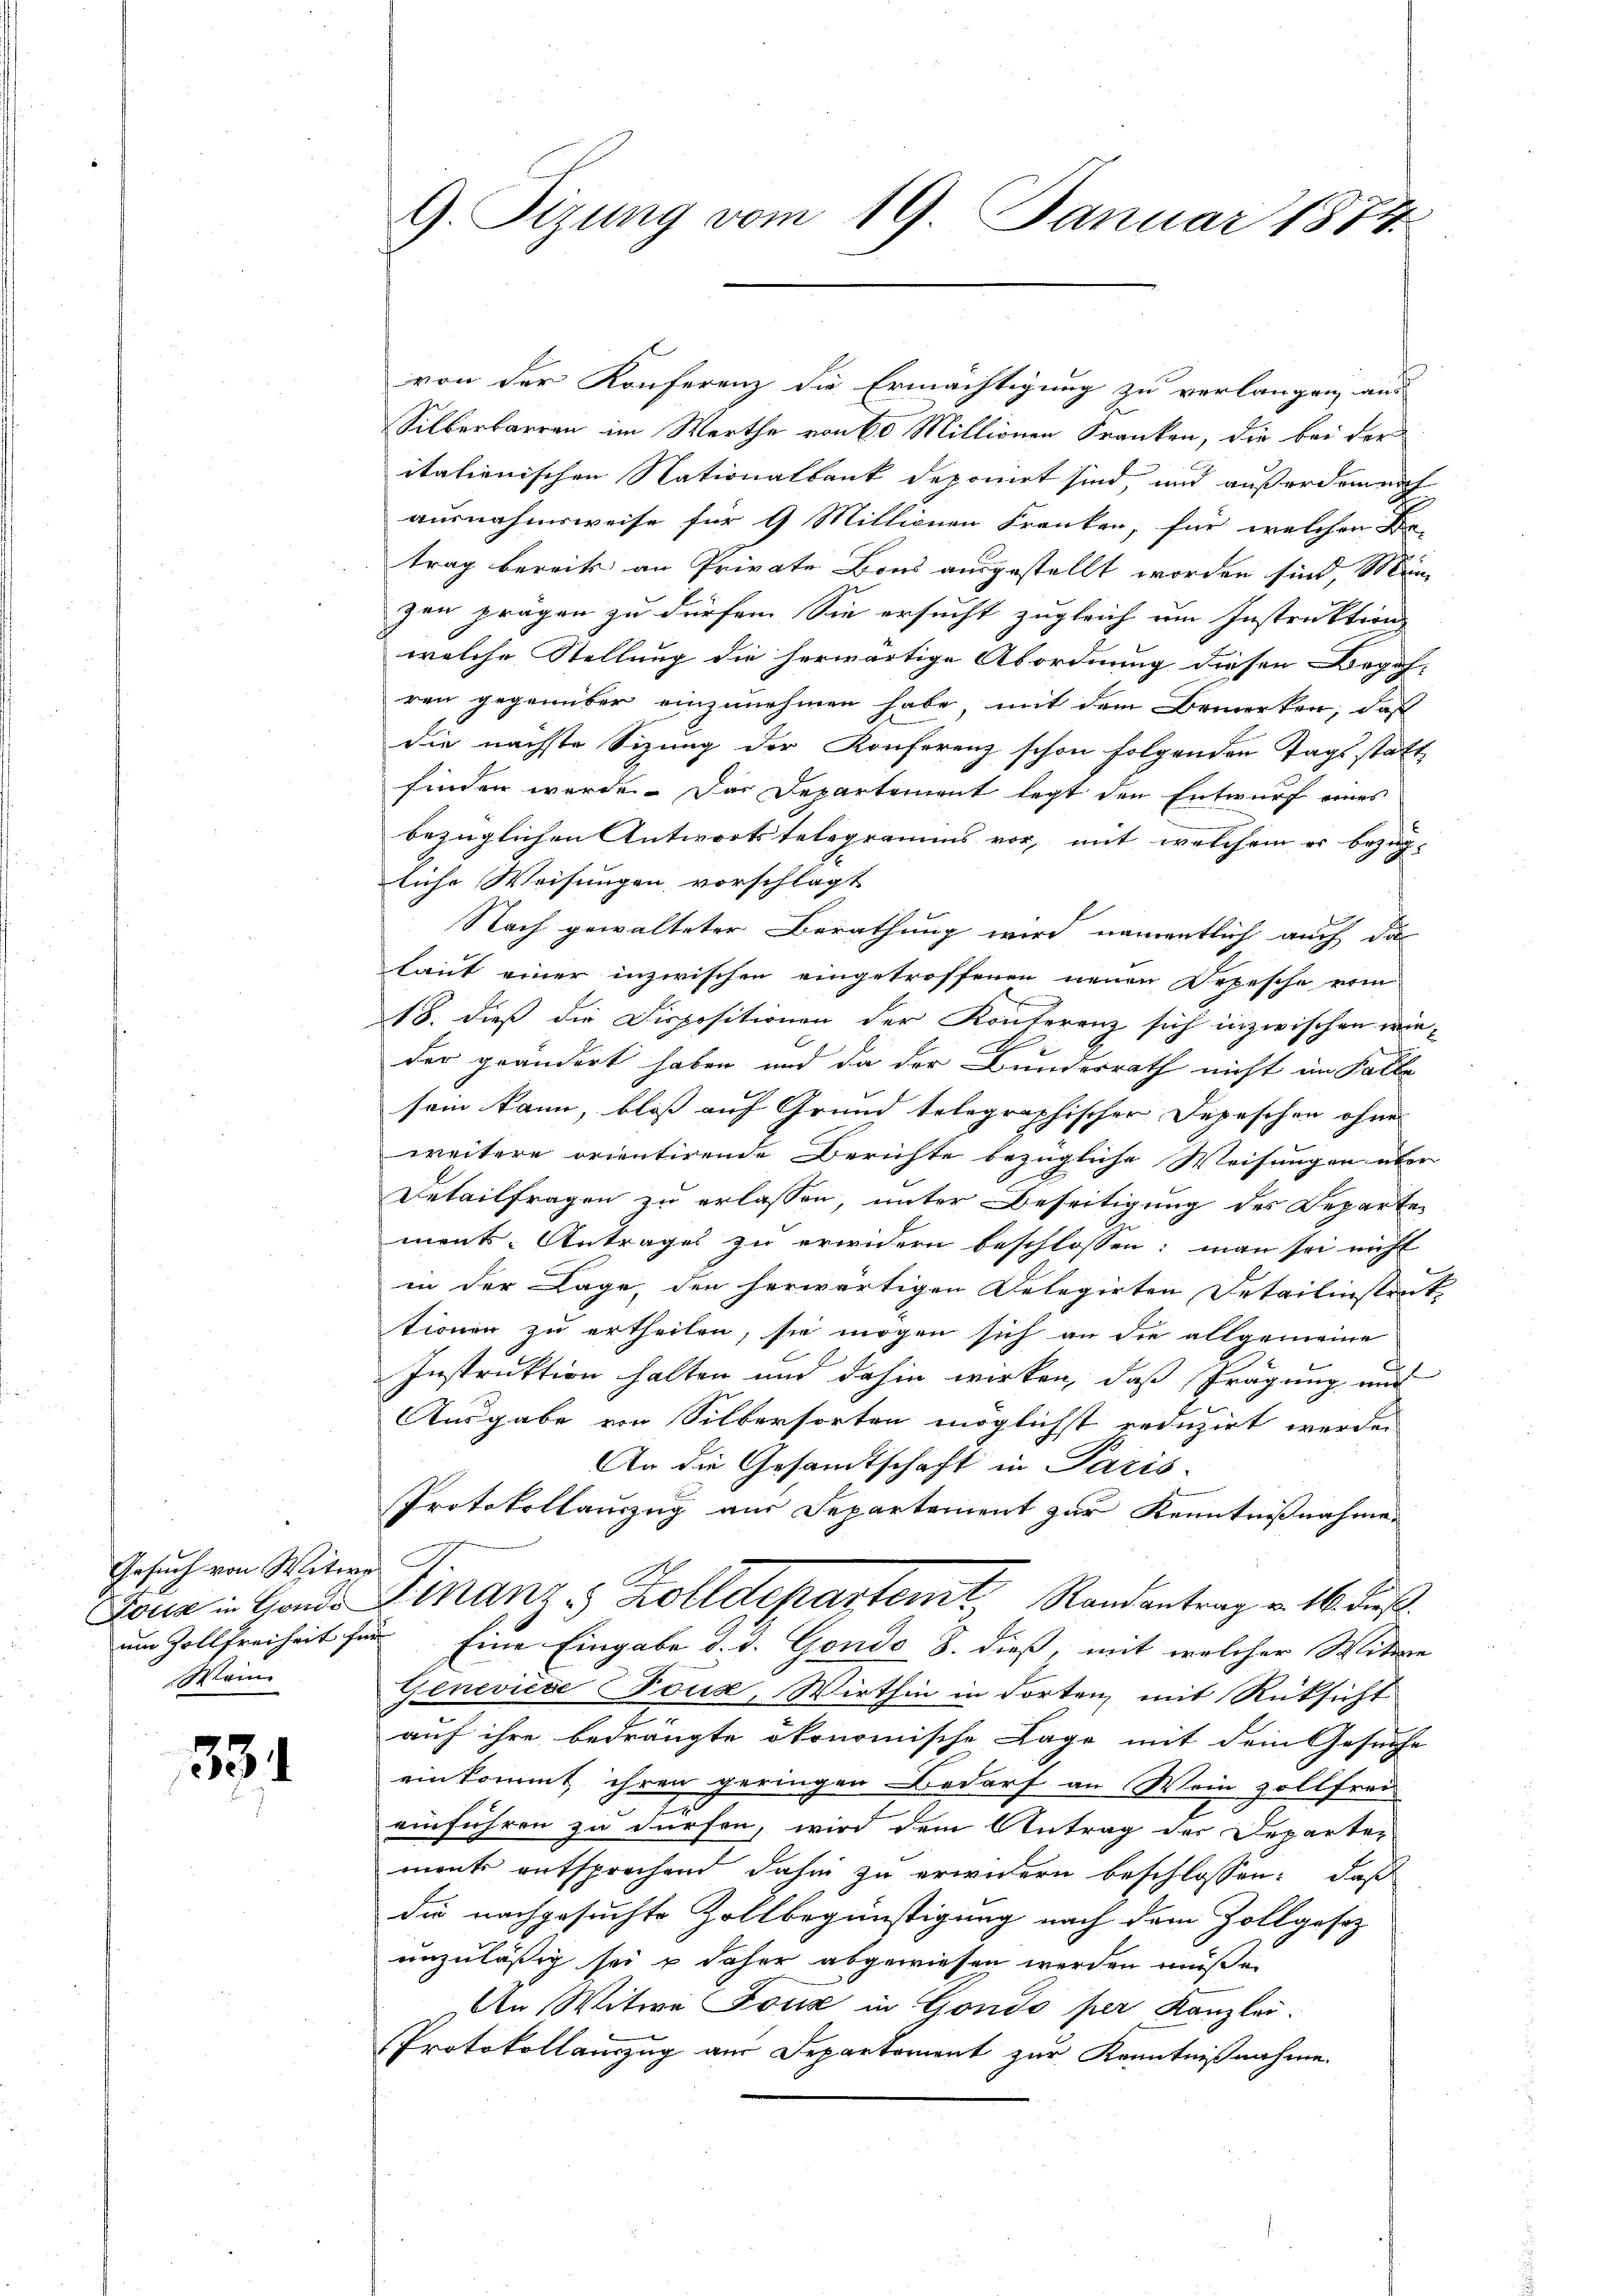
Gesuch von Witw
Fonta in Gonde
um Vollfreiheit fü
Main

334.

G. Sizung vom 19. Januar 1874

von der Konferenz die Ermächtigung zu verlangen aus
Silberbarren im Werthe von 60 Millionen Franken, die bei der
itationischen Nationalbank deponirt sind, und außerdem nich
ausnahmsweise für 9 Millionen Franken, für welchen Be-
trag bereits an Private Bons ausgestellt worden sind, sein
zen prägen zu dürfen. Sie ersucht zugleich um Instraktion
welche Stellung die herwärtige Abordnung diesen Begeh-
ren gegenüber einzunehmen habe, mit dem Bemerken, daß
die nächste Sizung der Konferenz schon folgenden Tags statt
finden werde. Das Departement legt den Entwurf eines
bezüglichen Antwortstelegramms vor, mit welchem er bezügliche Weisungen vorschlägt
Nach gewalteter Berathung wird namentlich auch da
laut einer inzwischen eingetroffenen neuen Depesche vom
18. dieß die Dispositionen der Konterenz sich inzwischen wieder geändert haben und da der Bunderrath nicht im Falle
sem kann, bloss auf Grund telegraphischer Depeschen ohne
weitere orientirende Berichte bezügliche Weisungen über
Detailfragen zu erlassen, unter Beseitigung des Reparte
ments-Antrages zu erwidern beschlossen: man sei nicht
in der Lage, den herwärtigen Delegirten Detailinstent
tionen zu ertheilen, sie mögen sich an die allgemeine
Instruktion halten und dahin wirken, daß Prägung und
Ausgabe von Silbersorten möglichst reduzirt werden
An die Gesandtschaft in Paris-
Protokollauszug aus Separtement zur Kenntnißnahme.
Finanz 3 Zolldepartem Randantrag v. 16. Fuß.
u. Eine Eingabe d. d. Gondo S. dieß, mit welcher Witwe
Genevicae öuz, Wirthin in dorten mit Rüksicht
auf ihre bedrängte ökonomische Lage mit dem Gesuche
einkommt ihren geringen Bedarf an Wein zollfrei-
E
einführen zu dürfen, wird dem Antrag des Departen
ment entsprechend dahin zu erwidern beschlossen: daß
die nachgesuchte Zollbegünstigung nach dem Zollgesez
unzuläßig sei u daher abgewiesen werden müße.
An Witwe Joux in Gondo per Kanzlei.
Protokollamzug aus Departement zur Kenntnißnahme.